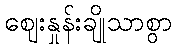
ဈေးနှုန်းချိုသာစွာ